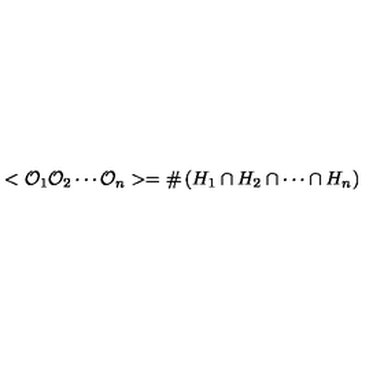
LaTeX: < { \cal O } _ { 1 } { \cal O } _ { 2 } \cdots { \cal O } _ { n } > = \# \left( H _ { 1 } \cap H _ { 2 } \cap \cdots \cap H _ { n } \right)